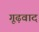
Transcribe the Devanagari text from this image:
गूढ़वाद